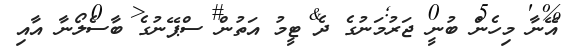
އޭނާ މިހެން ބުނީ ޖަރުމަނުގެ ދެ ޓީމު އަތުން ސްޕޭނުގެ ބާސެލޯނާ އާއި